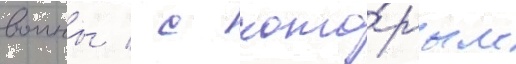
воины / с кото́рым